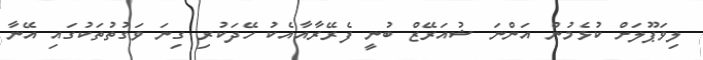
ލިވަޕޫލަށް ކުޅެމުން އަންނަ ޝުއަރޭޒް ބުނީ ފެރޭރާއާއެކު ހޭދަކުރި ގިނަ ވަގުތުތަކުގައި އޭނާ